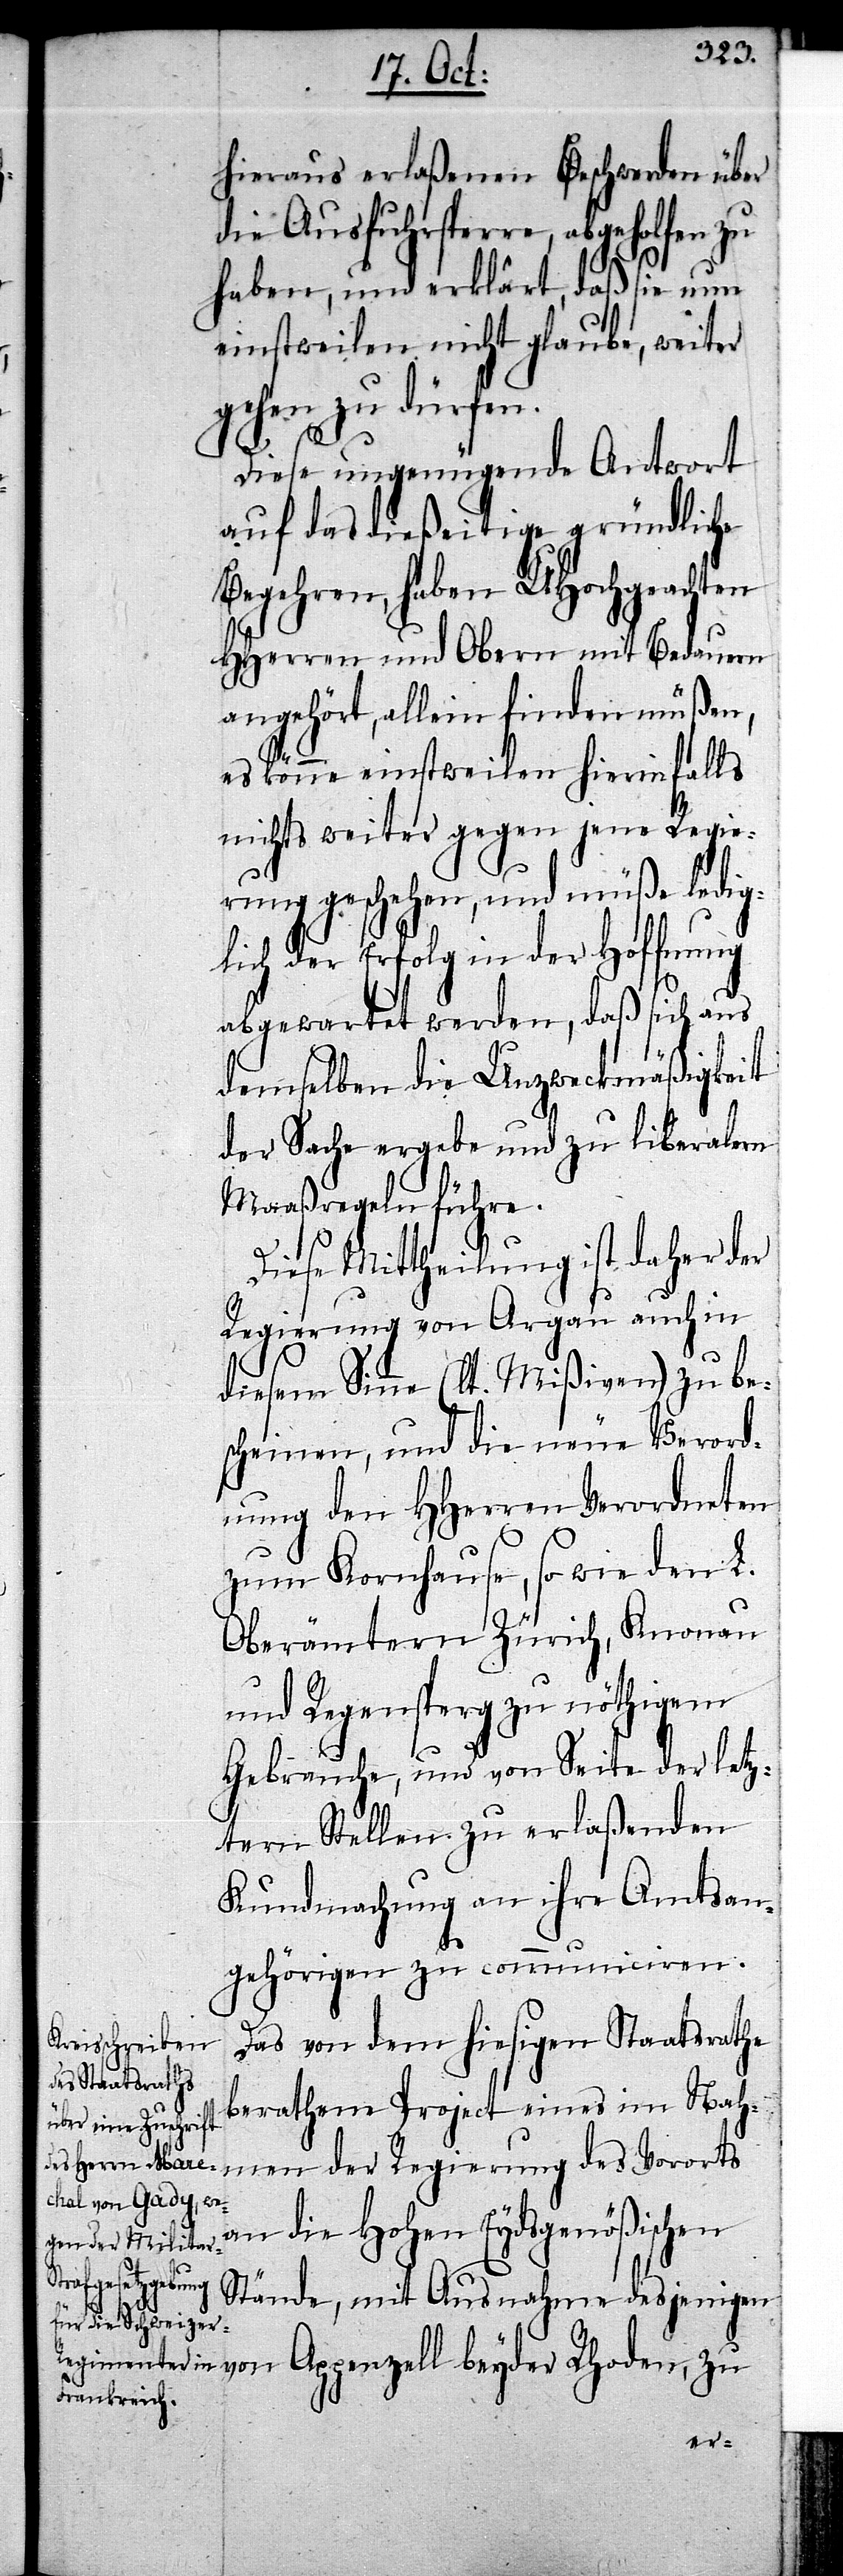
hieraus erlaßenen Beschwerden über
die Ausfuhrsperre, abgeholfen zu
haben, und erklärt, daß sie nun
einstweilen nicht glaube, weiter
gehen zu dürfen.
Diese ungenügende Antwort
auf das dießeitige gründliche
Begehren, haben UHochgeachten
HHerren und Obern mit Bedauern
angehört, allein finden müßen,
es könne einstweilen hierinfalls
nichts weiter gegen jene Regie¬
rung geschehen, und müße ledig¬
lich der Erfolg in der Hoffnung
abgewartet werden, daß sich aus
demselben die Unzweckmäßigkeit
der Sache ergebe und zu liberalern
Maaßregeln führe.
Diese Mittheilung ist daher der
Regierung von Argau auch in
diesem Sinne (lt. Mißiven) zu be¬
scheinen, und die neue Verord¬
nung den HHerren Verordneten
zum Kornhause, so wie den L.
Oberämtern Zürich, Knonau
und Regensperg zu nöthigem
Gebrauche, und von Seite der letz¬
tern Stellen zu erlaßenden
Kundmachung an ihre Amtsan¬
gehörigen zu communiciren.
Das von dem hiesigen Staatsrathe
berathene Project eines im Nah¬
men der Regierung des Vororts
an die Hohen Eydsgenößischen
Stände, mit Ausnahme desjenige¬
n von Appenzell beyder Rhoden, zu